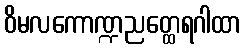
ဝိမလကောဏ္ဍညတ္ထေရဂါထာ